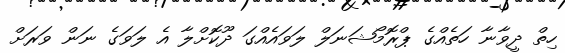
ހިތް ދީވާނާ ހަތެއްގެ ޕްރޮމޯޝަނަލް ލަވައެއްގަ ދޫކޮށްލާ އެ ލަވަގެ ނަން ވަރަށް